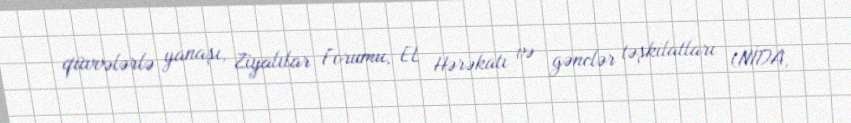
qüvvələrlə yanaşı, Ziyalılar Forumu, EL Hərəkatı və gənclər təşkilatları (NİDA,